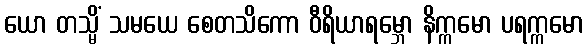
ယော တသ္မိံ သမယေ စေတသိကော ဝီရိယာရမ္ဘော နိက္ကမော ပရက္ကမော